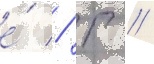
е́ // Г //